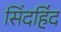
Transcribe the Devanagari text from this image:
सिंदहिंद